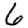
Digit: 6